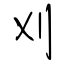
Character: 刈